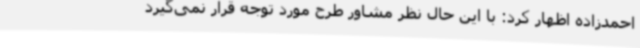
احمدزاده اظهار کرد: با این حال نظر مشاور طرح مورد توجه قرار نمی‌گیرد